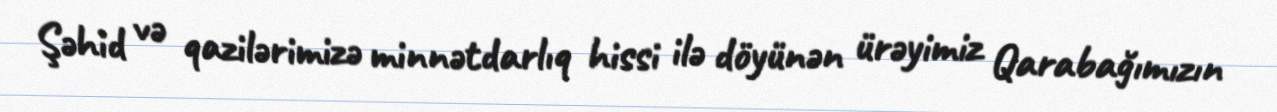
Şəhid və qazilərimizə minnətdarlıq hissi ilə döyünən ürəyimiz Qarabağımızın